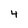
Character: 4